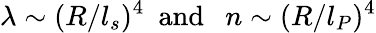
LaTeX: \lambda\sim(R/l_{s})^{4}\ \ \mathrm{and}\ \ \ n\sim(R/l_{P})^{4}